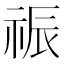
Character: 祳